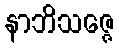
နာဘိသဇ္ဇေ